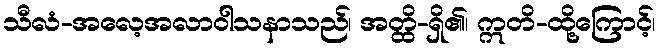
သီလံ-အလေ့အလာဝါသနာသည်၊ အတ္ထိ-ရှိ၏၊ ဣတိ-ထို့ကြောင့်၊